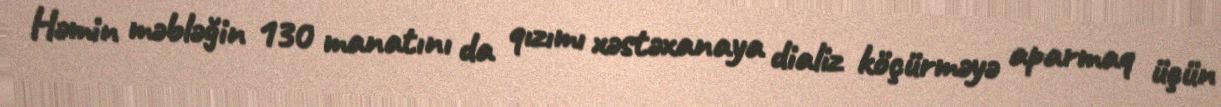
Həmin məbləğin 130 manatını da qızımı xəstəxanaya dializ köçürməyə aparmaq üçün